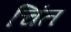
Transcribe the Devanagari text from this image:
चिंत